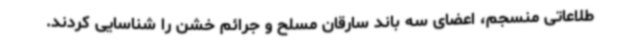
طلاعاتی منسجم، اعضای سه باند سارقان مسلح و جرائم خشن را شناسایی کردند.